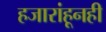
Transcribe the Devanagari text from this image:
हजारांहूनही